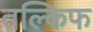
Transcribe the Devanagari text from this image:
तल्किफ